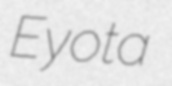
Eyota